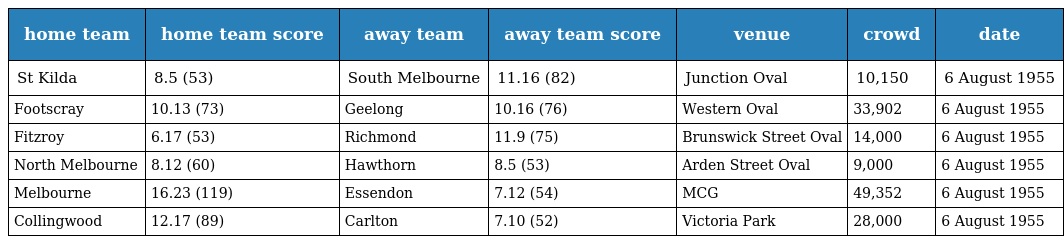
| home team | home team score | away team | away team score | venue | crowd | date |
 | --- | --- | --- | --- | --- | --- | --- |
 | St Kilda | 8.5 (53) | South Melbourne | 11.16 (82) | Junction Oval | 10,150 | 6 August 1955 |
 | Footscray | 10.13 (73) | Geelong | 10.16 (76) | Western Oval | 33,902 | 6 August 1955 |
 | Fitzroy | 6.17 (53) | Richmond | 11.9 (75) | Brunswick Street Oval | 14,000 | 6 August 1955 |
 | North Melbourne | 8.12 (60) | Hawthorn | 8.5 (53) | Arden Street Oval | 9,000 | 6 August 1955 |
 | Melbourne | 16.23 (119) | Essendon | 7.12 (54) | MCG | 49,352 | 6 August 1955 |
 | Collingwood | 12.17 (89) | Carlton | 7.10 (52) | Victoria Park | 28,000 | 6 August 1955 |